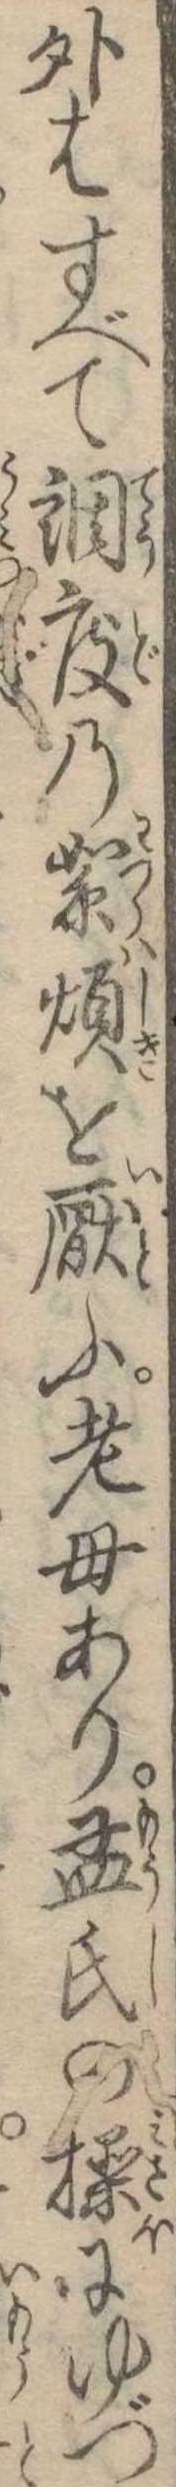
外はすべて調度の絮煩を厭ふ老母あり孟子の操にゆづ